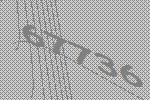
67736